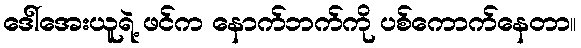
ဒေါ်အေးယူရဲ့ ဖင်က နောက်ဘက်ကို ပစ်ကောက်နေတာ။